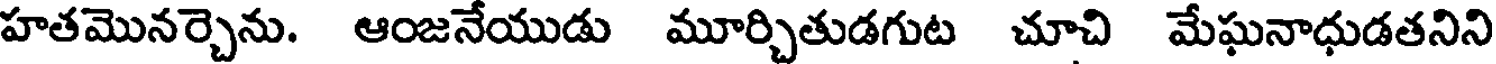
హతమొనర్చెను. ఆంజనేయుడు మూర్చితుడగుట చూచి మేఘనాధుడతనిని